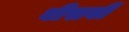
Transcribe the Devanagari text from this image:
बीसबीं